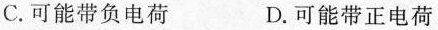
C.可能带负电荷 D.可能带正电荷